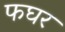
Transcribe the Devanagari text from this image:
फघर